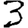
Digit: 3